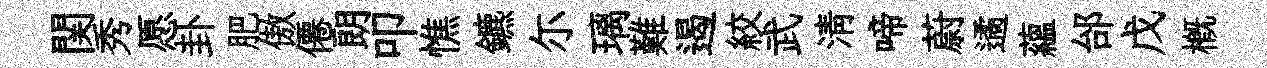
関秀愿卦肥傲僊朗叩憔鑣尓璃難遏絞武淸啼蔚遹蘊邰戊槪